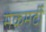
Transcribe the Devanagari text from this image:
मेकमर्टी